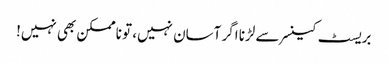
بریسٹ کینسر سے لڑنا اگر آسان نہیں، تو ناممکن بھی نہیں!